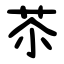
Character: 苶